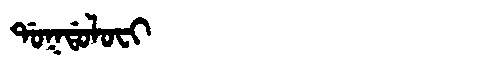
Manchu: ᡩᠣᡴᡩᠣᠯᠣᠸᡳ
Romanization: DOKDOLOFI